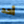
أحد